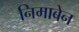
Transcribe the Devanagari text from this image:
निमाबेन